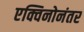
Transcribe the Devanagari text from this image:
एक्विनोनंतर